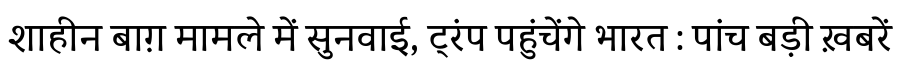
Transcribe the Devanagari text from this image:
शाहीन बाग़ मामले में सुनवाई, ट्रंप पहुंचेंगे भारत : पांच बड़ी ख़बरें